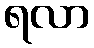
ရလာ